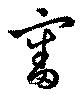
審